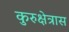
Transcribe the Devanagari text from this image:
कुरुक्षेत्रास